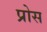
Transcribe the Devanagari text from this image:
प्रोस